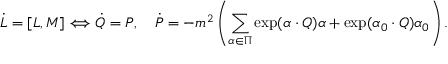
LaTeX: \dot { L } = [ L , M ] \Longleftrightarrow \dot { Q } = P , \quad \dot { P } = - m ^ { 2 } \left( \sum _ { \alpha \in \Pi } \exp ( { \alpha \cdot Q } ) \alpha + \exp ( { \alpha _ { 0 } \cdot Q } ) \alpha _ { 0 } \right) .